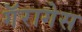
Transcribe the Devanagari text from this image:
गॅरागेस